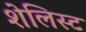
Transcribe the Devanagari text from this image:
शेलिस्ट